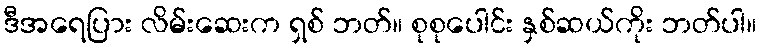
ဒီအရေပြား လိမ်းဆေးက ရှစ် ဘတ်။ စုစုပေါင်း နှစ်ဆယ်ကိုး ဘတ်ပါ။